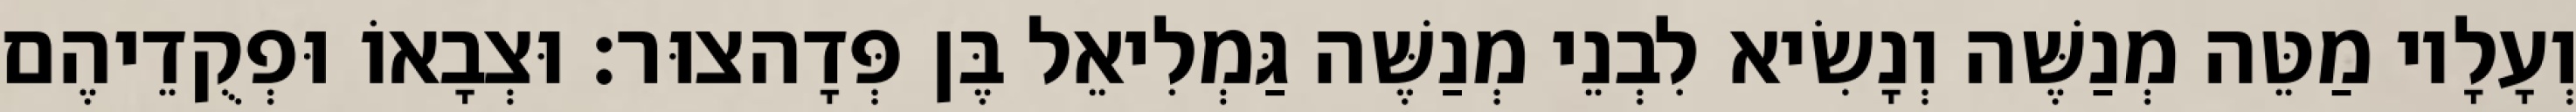
וְעָלָיו מַטֵּה מְנַשֶּׁה וְנָשִׂיא לִבְנֵי מְנַשֶּׁה גַּמְלִיאֵל בֶּן פְּדָהצוּר׃ וּצְבָאוֹ וּפְקֻדֵיהֶם